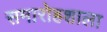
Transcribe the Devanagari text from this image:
समारोहशाला